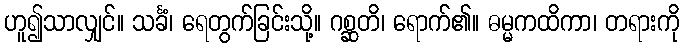
ဟူ၍သာလျှင်။ သင်္ခံ၊ ရေတွက်ခြင်းသို့။ ဂစ္ဆတိ၊ ရောက်၏။ ဓမ္မကထိကာ၊ တရားကို